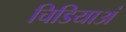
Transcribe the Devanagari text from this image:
चिडियाअं